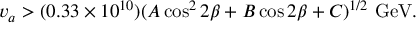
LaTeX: v _ { a } > ( 0 . 3 3 \times 1 0 ^ { 1 0 } ) ( A \cos ^ { 2 } 2 \beta + B \cos 2 \beta + C ) ^ { 1 / 2 } \ \mathrm { G e V } .